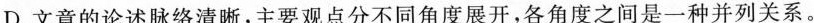
D.文章的论述脉络清晰，主要观点分不同角度展开，各角度之间是一种并列关系。